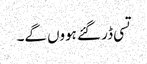
تسی ڈر گئے ہووں گے۔